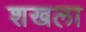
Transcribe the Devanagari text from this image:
शखला